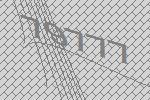
79777